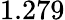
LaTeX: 1.279